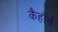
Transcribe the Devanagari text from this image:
कैहॉर्स